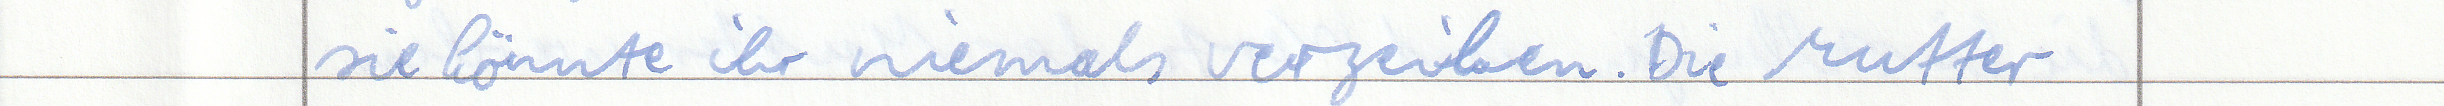
sie könnte ihr niemals verzeihen. Die Mutter